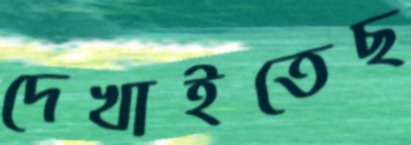
দেখাইতেছ